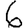
Digit: 6